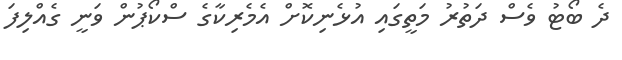
ދެ ބޯޓު ވެސް ދަތުރު މަތީގައި އުޅެނިކޮށް އެމެރިކާގެ ސްކޯޕުން ވަނީ ގެއްލިފަ